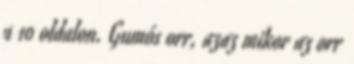
a 10 oldalon. Gumós orr, azaz mikor az orr